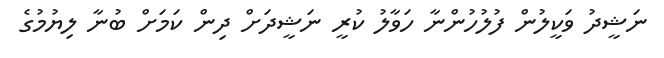
ނަޝީދު ވަކީލުން ފުލުހުންނާ ހަވާލު ކުރީ ނަޝީދަށް ދިން ކަމަށް ބުނާ ލިޔުމުގެ